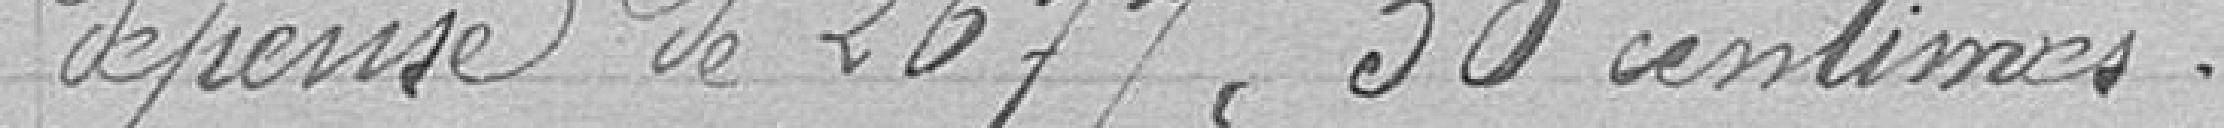
dépense de 2 677francs 50 centimes